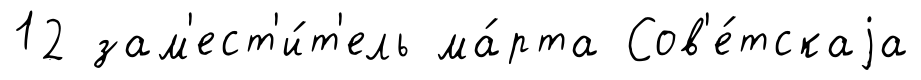
12 зам'ест'и́т'ель ма́рта Сов'е́тскаjа